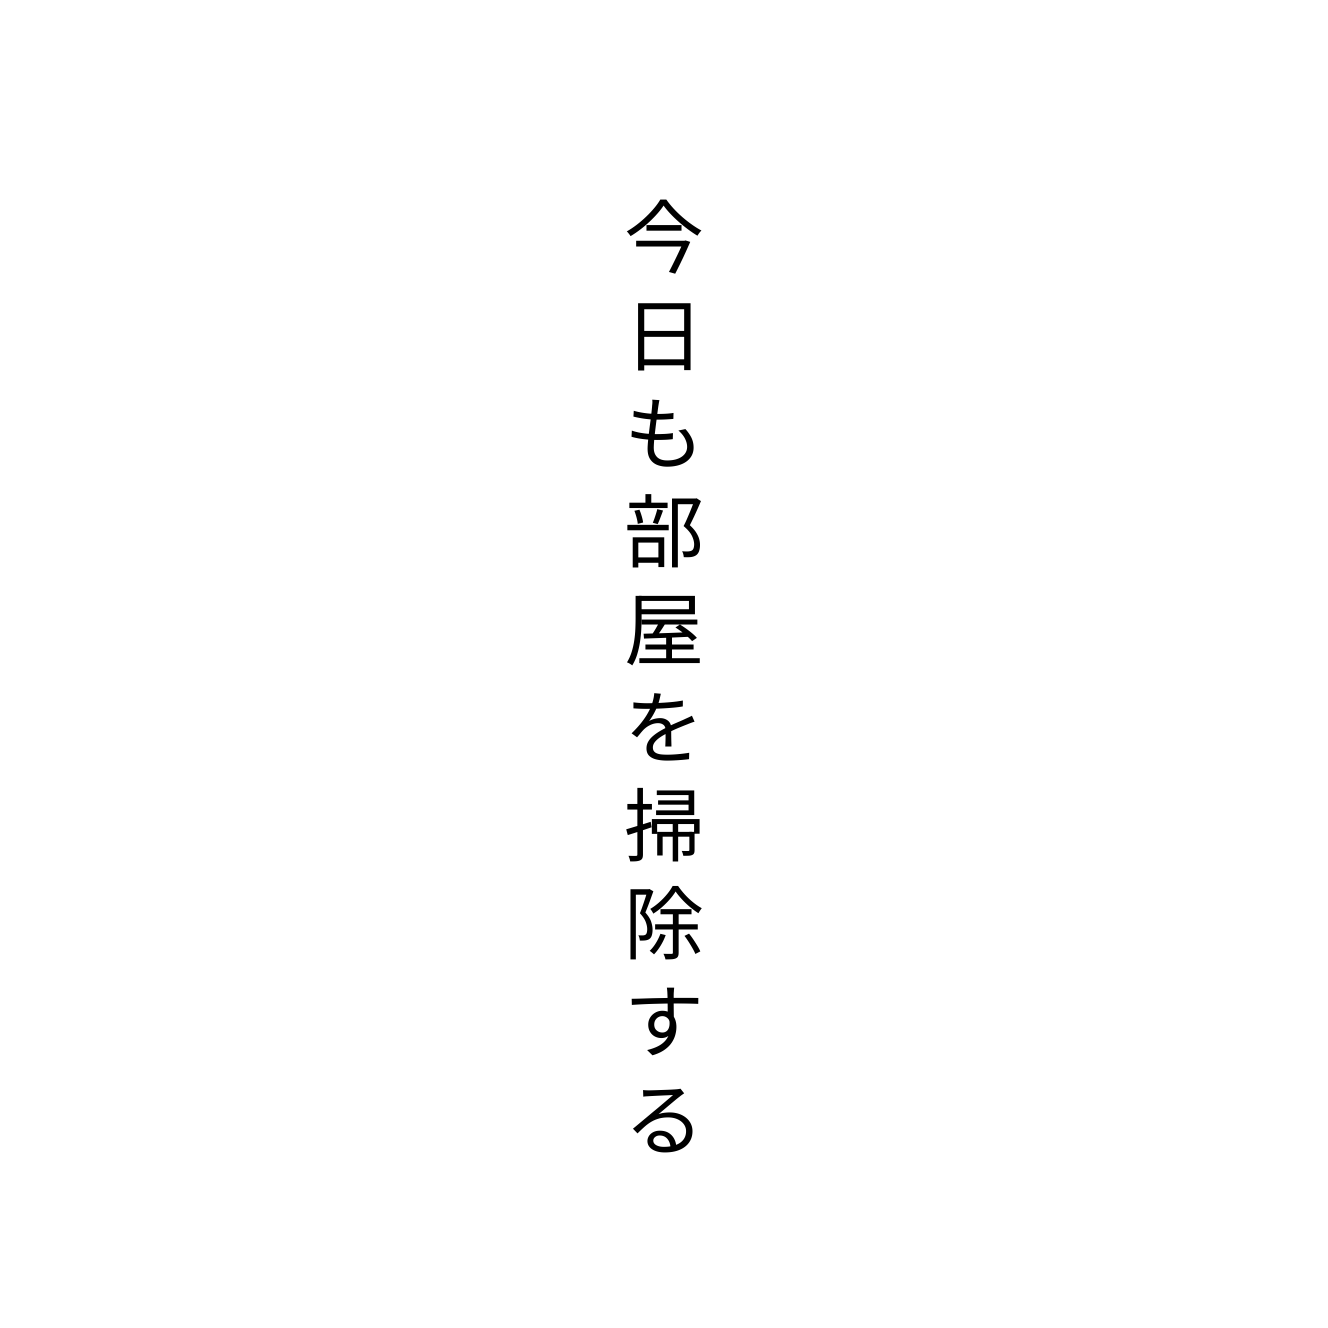
今日も部屋を掃除する